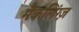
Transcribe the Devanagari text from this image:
मैकलिंग्ज़